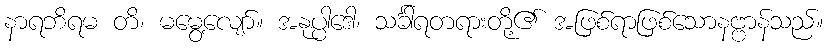
နာရဘိရမ တိ၊ မမွေ့လျော်။ အနုပ္ပါဒေါ၊ သင်္ခါရတရားတို့၏ အဖြစ်ရာဖြစ်သောနဗ္ဗာန်သည်။